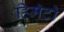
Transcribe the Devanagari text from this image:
हिमॅटो